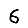
Digit: 6